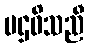
ပဌဝိသညီ